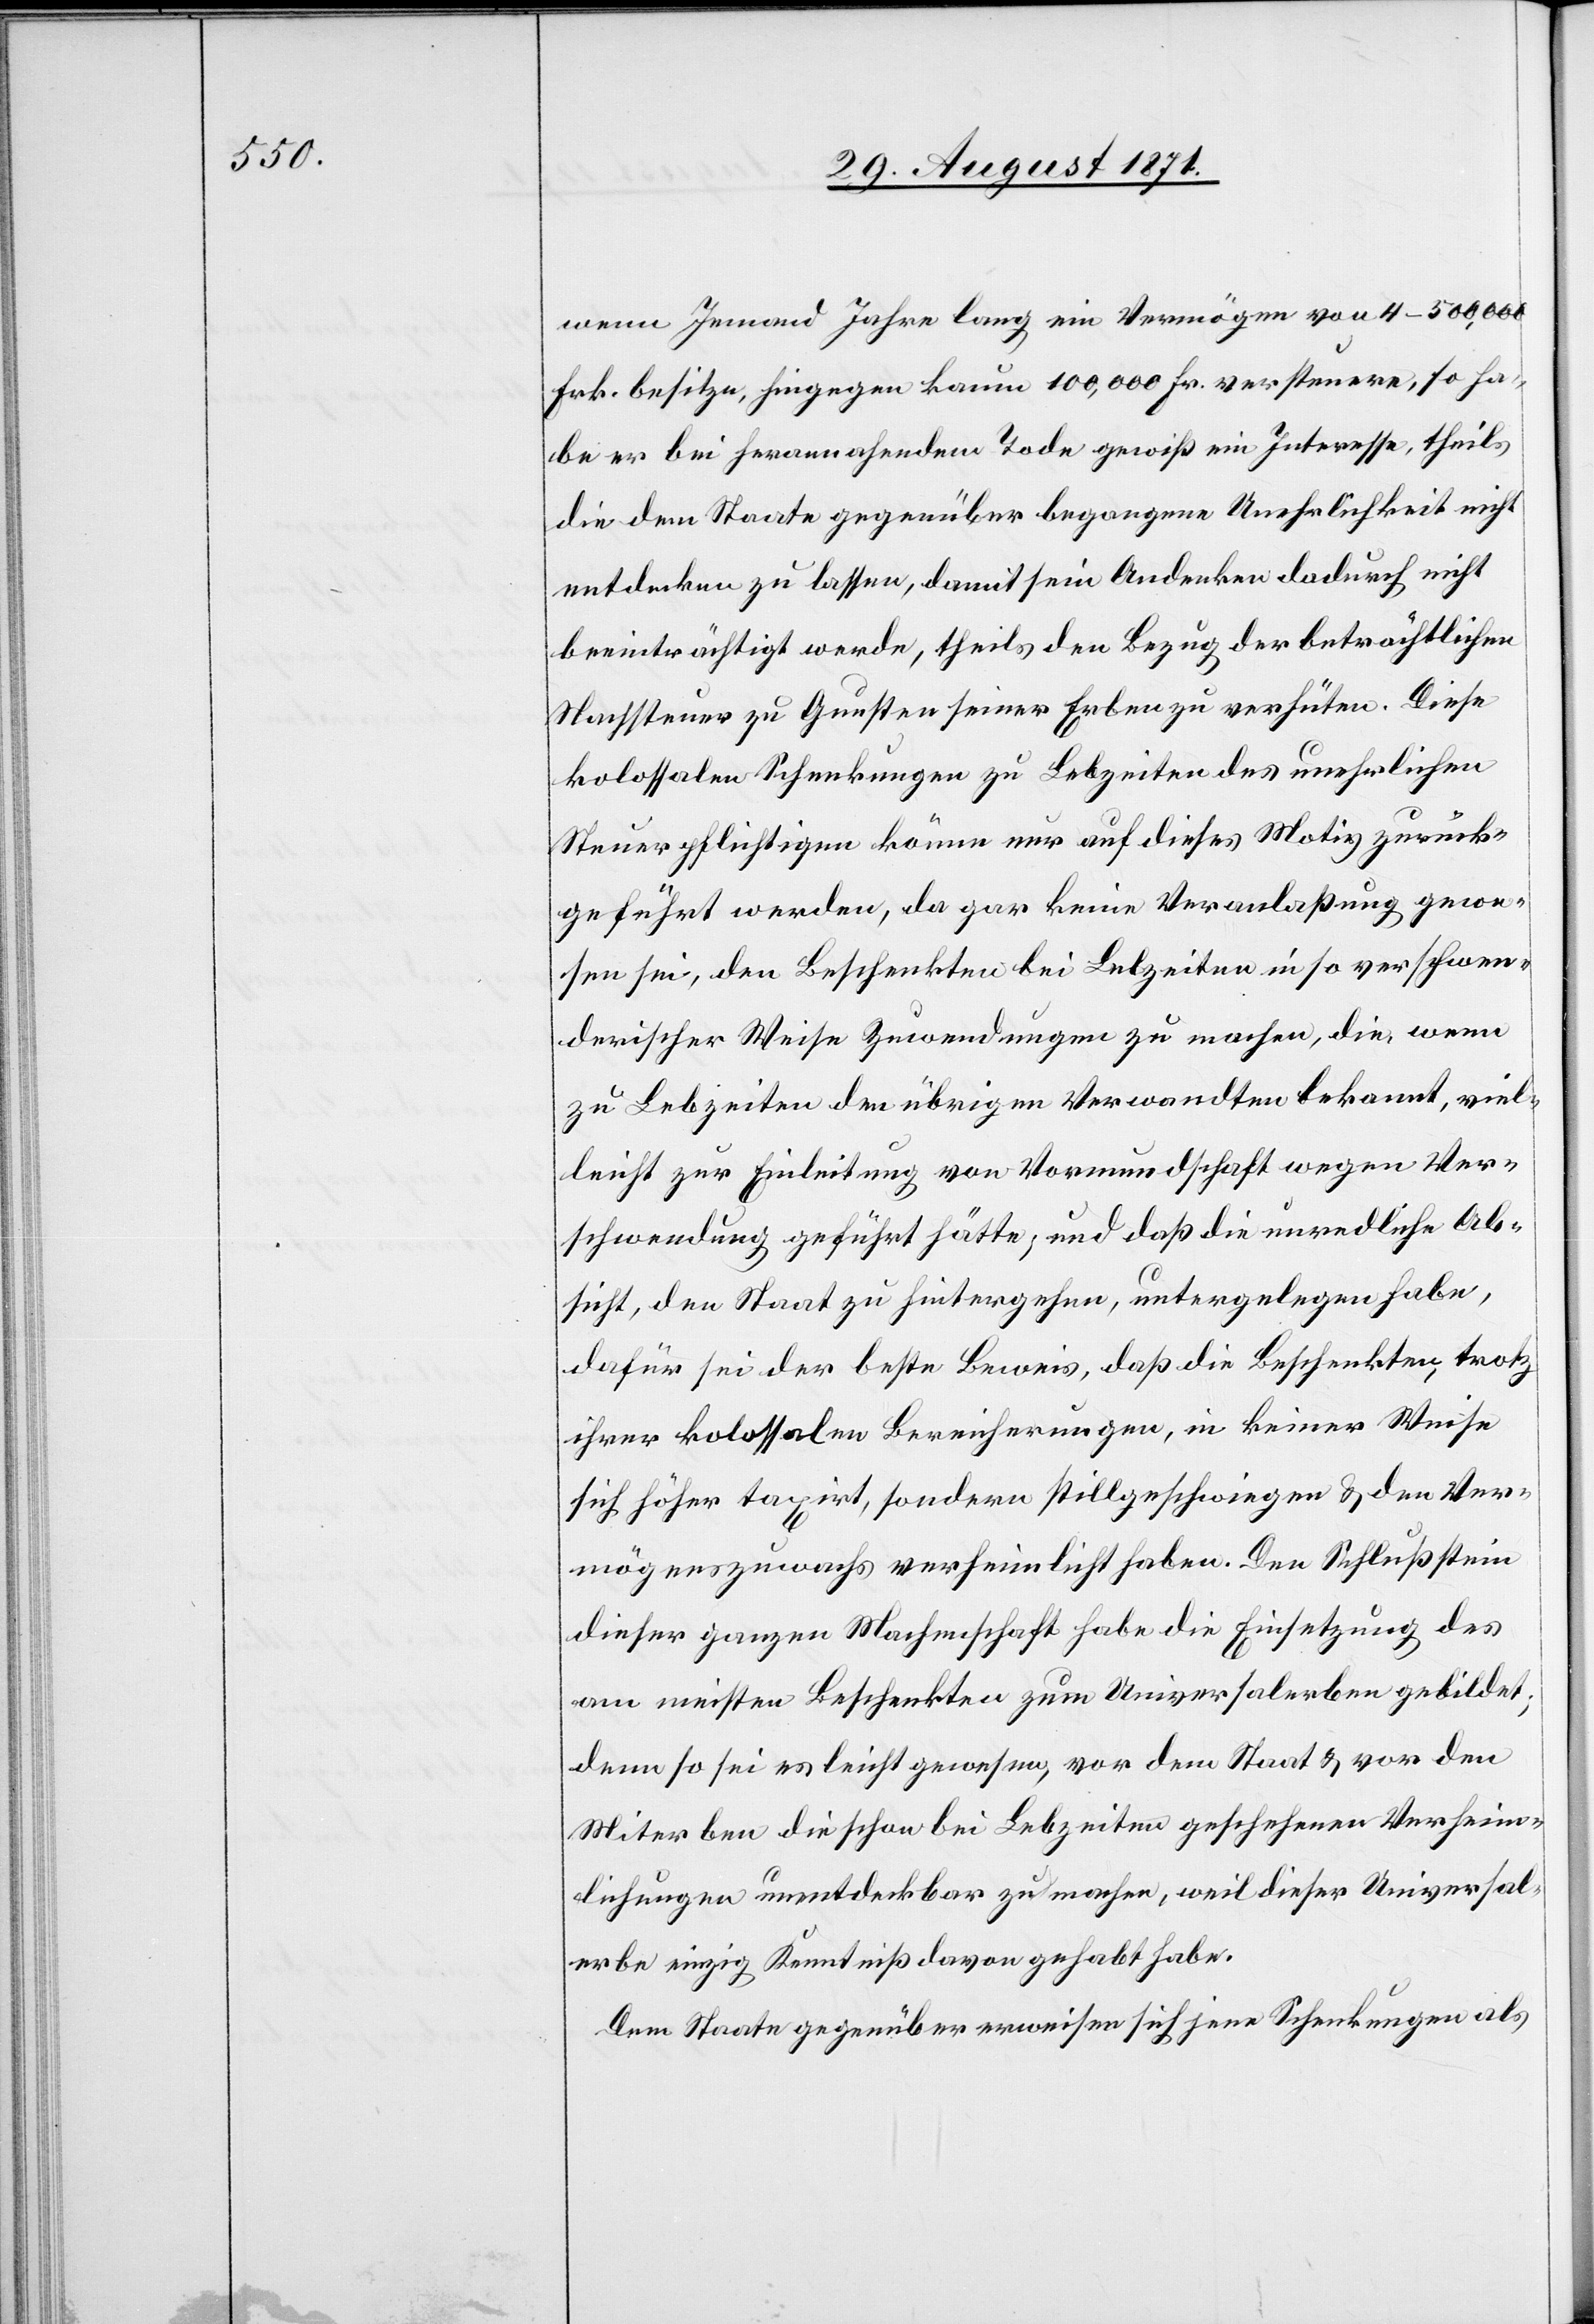
wenn Jemand Jahre lang ein Vermögen von 4–5000
Frk. besitze, hingegen kaum 100,000 Fr. versteuere, so ha¬
be er bei herannahendem Tode gewiß ein Interesse, theils
die dem Staate gegenüber begangene Unehrlichkeit nicht
entdecken zu lassen, damit sein Andenken dadurch nicht
beeinträchtigt werde, theils den Bezug der beträchtlichen
Nachsteuer zu Gunsten seiner Erben zu verhüten. Diese
kolossalen Schenkungen zu Lebzeiten des unehrlichen
Steuerpflichtigen könne nur auf dieses Motiv zurück¬
geführt werden, da gar keine Veranlassung gewe¬
sen sei, den Beschenkten bei Lebzeiten in so verschwen¬
derischer Weise Zuwendungen zu machen, die, wenn
zu Lebzeiten den übrigen Verwandten bekannt, viel¬
leicht zur Einleitung von Vormundschaft wegen Ver¬
schwendung geführt hätte, und daß die unredliche Ab¬
sicht, den Staat zu hintergehen, untergelegen habe,
dafür sei der beste Beweis, daß die Beschenkten trotz
ihrer kolossalen Bereicherungen, in keiner Weise
sich höher taxirt, sodann stillgeschwiegen & den Ver¬
mögenszuwachs verheimlicht haben. Den Schlussstein
dieser ganzen Machenschaft habe die Einsetzung des
am meisten Beschenkten zum Universalerben gebildet;
denn so sei es leicht gewesen, vor dem Staat & vor den
Miterben die schon bei Lebzeiten geschehenen Verheim¬
lichungen unentdeckbar zu machen, weil dieser Universal¬
erbe einzig Kenntniß gehabt habe.
Dem Staate gegenüber erweisen sich jene Schenkungen als